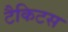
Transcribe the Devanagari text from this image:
टैकिटस